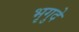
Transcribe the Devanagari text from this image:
भृगुदे